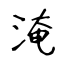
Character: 淹